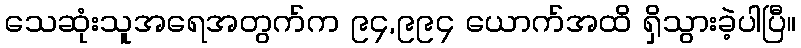
သေဆုံးသူအရေအတွက်က ၉၄,၉၉၄ ယောက်အထိ ရှိသွားခဲ့ပါပြီ။